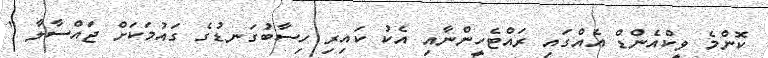
ކޮންމެ ވީކްއެންޑް އެއްގައި ރައްޓެހީންނާއި އެކު ކައިރި ހިސާބުގަނޑުގެ ގައުމަކަށް ޖައްސާލާ "